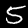
Digit: 5